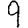
Digit: 9